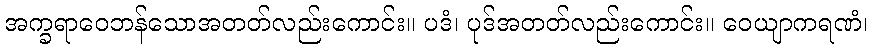
အက္ခရာဝေဘန်သောအတတ်လည်းကောင်း။ ပဒံ၊ ပုဒ်အတတ်လည်းကောင်း။ ဝေယျာကရဏံ၊